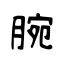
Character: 腕